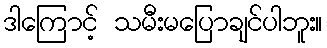
ဒါကြောင့် သမီးမပြောချင်ပါဘူး။